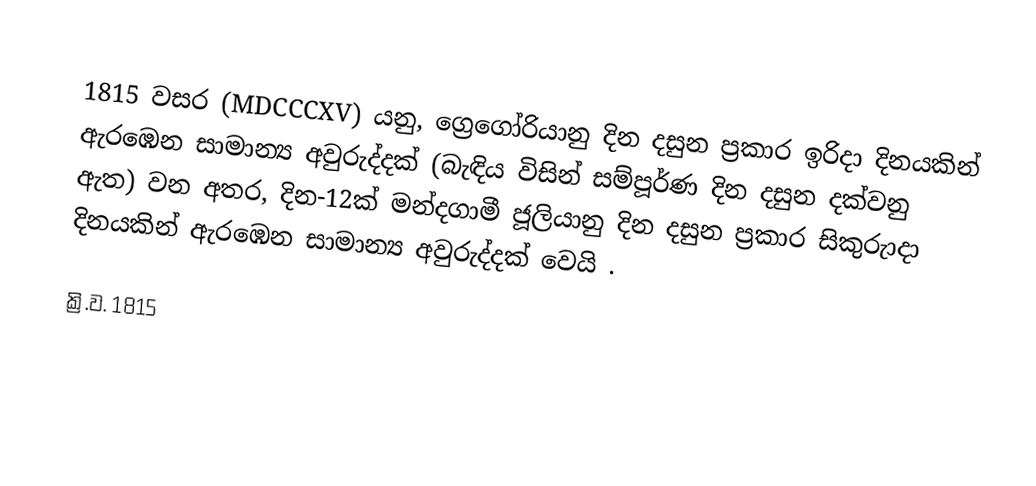

1815 වසර (MDCCCXV) යනු, ග්‍රෙගෝරියානු දින දසුන ප්‍රකාර  ඉරිදා දිනයකින් ඇරඹෙන සාමාන්‍ය අවුරුද්දක් (බැඳිය විසින් සම්පූර්ණ දින දසුන දක්වනු ඇත) වන අතර,  දින-12ක් මන්දගාමී ජූලියානු දින දසුන ප්‍රකාර සිකුරුාදා දිනයකින් ඇරඹෙන සාමාන්‍ය අවුරුද්දක් වෙයි .

ක්‍රි.ව. 1815